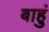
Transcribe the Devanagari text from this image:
बाहुं